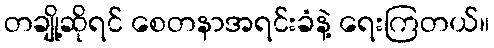
တချို့ဆိုရင် စေတနာအရင်းခံနဲ့ ရေးကြတယ်။